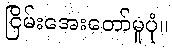
ငြိမ်းအေးတော်မူပုံ။